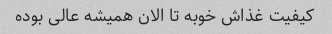
کیفیت غذاش خوبه تا الان همیشه عالی بوده